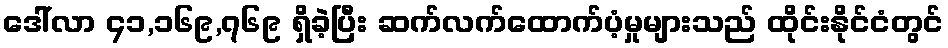
ဒေါ်လာ ၄၁,၁၆၉,၇၆၉ ရှိခဲ့ပြီး ဆက်လက်ထောက်ပံ့မှုများသည် ထိုင်းနိုင်ငံတွင်